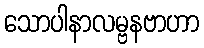
သောပါနာလမ္ဗနဗာဟာ